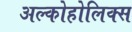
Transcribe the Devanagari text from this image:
अल्कोहोलिक्स